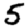
Digit: 5